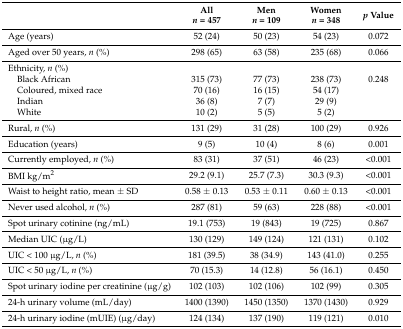
<table><thead><tr><td></td><td><b>All <i>n</i> = 457</b></td><td><b>Men <i>n</i> = 109</b></td><td><b>Women <i>n</i> = 348</b></td><td><b><i>p</i> Value</b></td></tr></thead><tbody><tr><td>Age (years)</td><td>52 (24)</td><td>50 (23)</td><td>54 (23)</td><td>0.072</td></tr><tr><td>Aged over 50 years, <i>n</i> (%)</td><td>298 (65)</td><td>63 (58)</td><td>235 (68)</td><td>0.066</td></tr><tr><td>Ethnicity, <i>n</i> (%)</td><td></td><td></td><td></td><td></td></tr><tr><td> Black African</td><td>315 (73)</td><td>77 (73)</td><td>238 (73)</td><td>0.248</td></tr><tr><td> Coloured, mixed race</td><td>70 (16)</td><td>16 (15)</td><td>54 (17)</td><td></td></tr><tr><td> Indian</td><td>36 (8)</td><td>7 (7)</td><td>29 (9)</td><td></td></tr><tr><td> White</td><td>10 (2)</td><td>5 (5)</td><td>5 (2)</td><td></td></tr><tr><td>Rural, <i>n</i> (%)</td><td>131 (29)</td><td>31 (28)</td><td>100 (29)</td><td>0.926</td></tr><tr><td>Education (years)</td><td>9 (5)</td><td>10 (4)</td><td>8 (6)</td><td>0.001</td></tr><tr><td>Currently employed, <i>n</i> (%)</td><td>83 (31)</td><td>37 (51)</td><td>46 (23)</td><td>&lt;0.001</td></tr><tr><td>BMI kg/m<sup>2</sup></td><td>29.2 (9.1)</td><td>25.7 (7.3)</td><td>30.3 (9.3)</td><td>&lt;0.001</td></tr><tr><td>Waist to height ratio, mean ± SD</td><td>0.58 ± 0.13</td><td>0.53 ± 0.11</td><td>0.60 ± 0.13</td><td>&lt;0.001</td></tr><tr><td>Never used alcohol, <i>n</i> (%)</td><td>287 (81)</td><td>59 (63)</td><td>228 (88)</td><td>&lt;0.001</td></tr><tr><td>Spot urinary cotinine (ng/mL)</td><td>19.1 (753)</td><td>19 (843)</td><td>19 (725)</td><td>0.867</td></tr><tr><td>Median UIC (μg/L)</td><td>130 (129)</td><td>149 (124)</td><td>121 (131)</td><td>0.102</td></tr><tr><td>UIC &lt; 100 μg/L, <i>n</i> (%)</td><td>181 (39.5)</td><td>38 (34.9)</td><td>143 (41.0)</td><td>0.255</td></tr><tr><td>UIC &lt; 50 μg/L, <i>n</i> (%) </td><td>70 (15.3)</td><td>14 (12.8)</td><td> 56 (16.1)</td><td>0.450</td></tr><tr><td>Spot urinary iodine per creatinine (μg/g)</td><td>102 (103)</td><td>102 (106)</td><td>102 (99)</td><td>0.305</td></tr><tr><td>24-h urinary volume (mL/day)</td><td>1400 (1390)</td><td>1450 (1350)</td><td>1370 (1430)</td><td>0.929</td></tr><tr><td>24-h urinary iodine (mUIE) (μg/day)</td><td>124 (134)</td><td>137 (190)</td><td>119 (121)</td><td>0.010</td></tr></tbody></table>